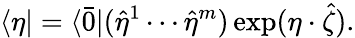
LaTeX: \langle\eta|=\langle\bar{0}|(\hat{\eta}^{1}\cdots\hat{\eta}^{m})\exp(\eta\cdot\hat{\zeta}).